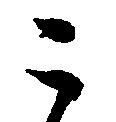
ニ